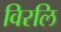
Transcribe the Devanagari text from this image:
विरलि